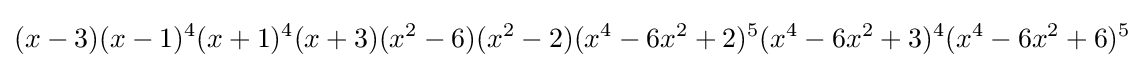
(x-3)(x-1)^{4}(x+1)^{4}(x+3)(x^{2}-6)(x^{2}-2)(x^{4}-6x^{2}+2)^{5}(x^{4}-6x^{2}+3)^{4}(x^{4}-6x^{2}+6)^{5}